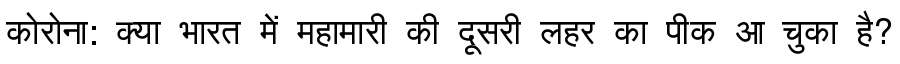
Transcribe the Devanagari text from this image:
कोरोना: क्या भारत में महामारी की दूसरी लहर का पीक आ चुका है?